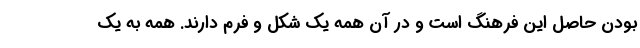
بودن حاصل این فرهنگ است و در آن همه یک شکل و فرم دارند. همه به یک